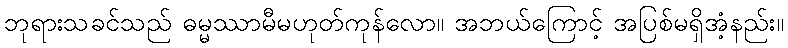
ဘုရားသခင်သည် ဓမ္မဿာမီမဟုတ်ကုန်လော။ အဘယ်ကြောင့် အပြစ်မရှိအံ့နည်း။